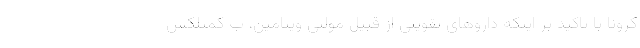
کرونا با تاکید بر اینکه داروهای تقویتی از قبیل مولتی ویتامین، ب کمپلکس